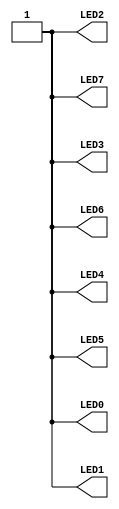
// This program was cloned from: https://github.com/FPGAwars/icezum
// License: GNU General Public License v3.0

//------------------------------------------------------------------
//-- Test: Turning all the icezum leds on
//------------------------------------------------------------------

module leds(output wire LED0,
            output wire LED1,
            output wire LED2,
            output wire LED3,
            output wire LED4,
            output wire LED5,
            output wire LED6,
            output wire LED7);

assign {LED0, LED1, LED2, LED3, LED4, LED5, LED6, LED7} = 8'hFF;

endmodule